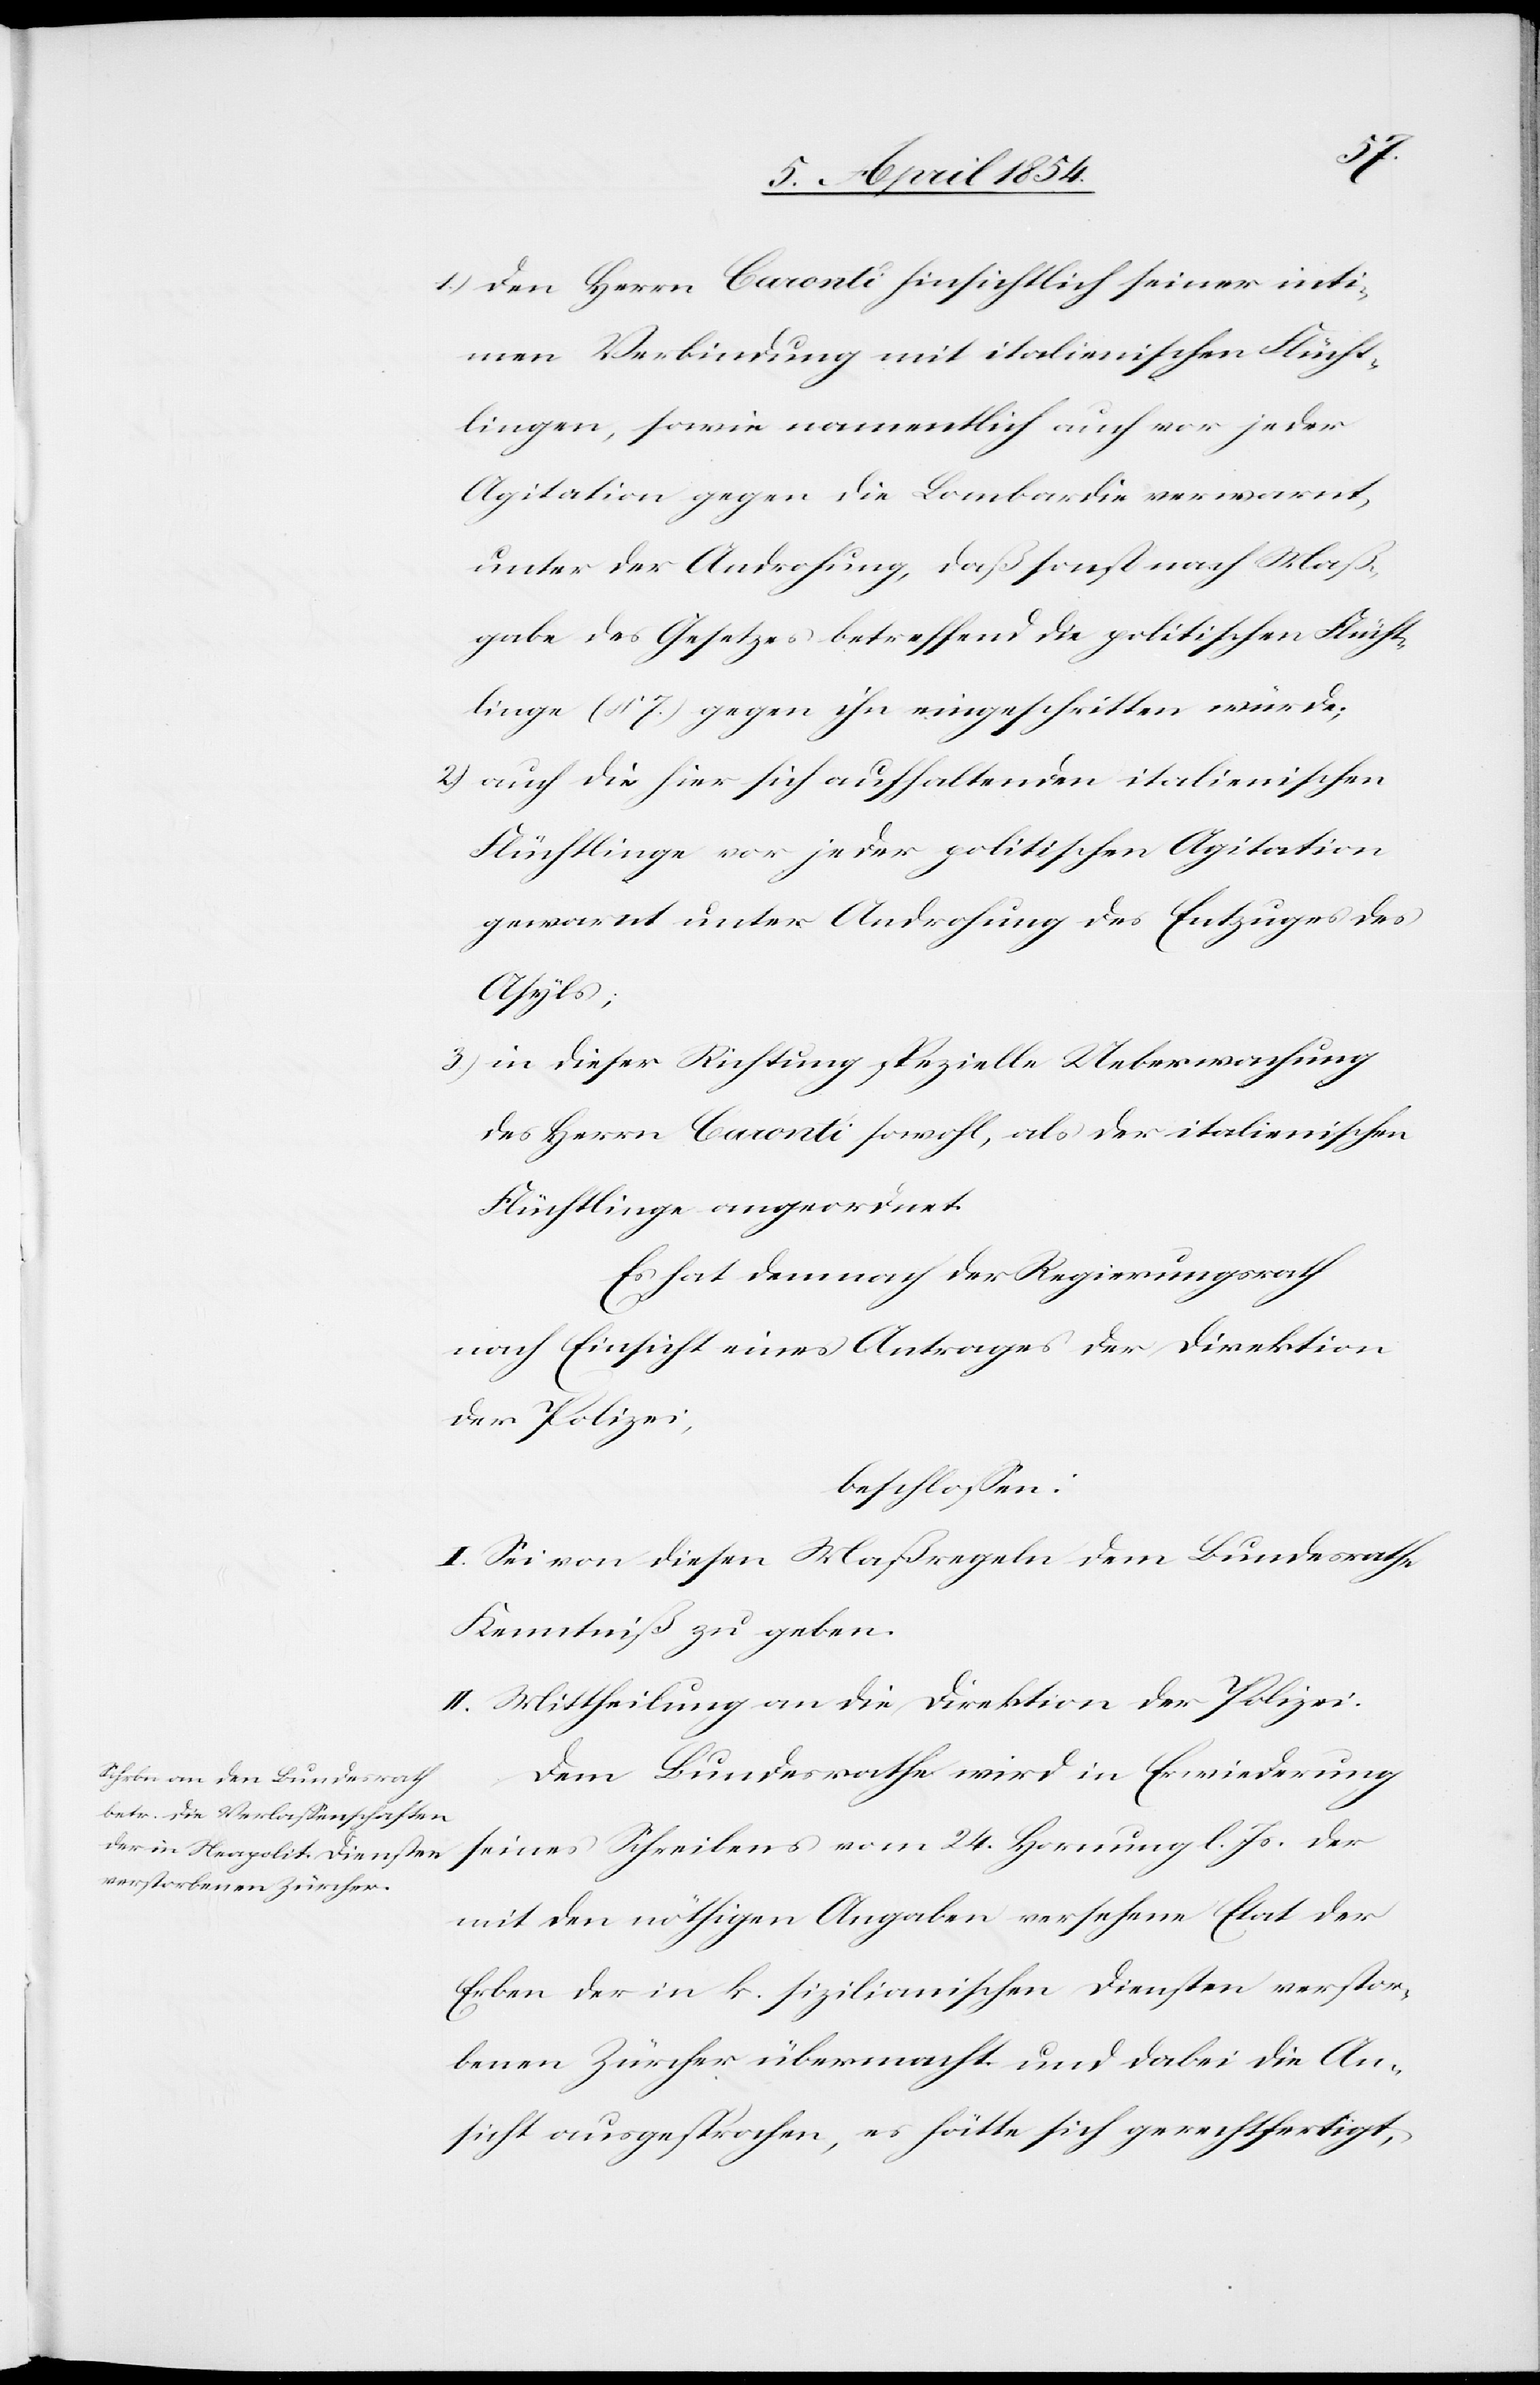
1.) den Herrn Caronti hinsichtlich seiner inti¬
men Verbindung mit italienischen Flücht¬
lingen, sowie namentlich auch vor jeder
Agitation gegen die Lombardie verwarnt,
unter der Androhung, daß sonst nach Maß¬
gabe des Gesetzes betreffend die politischen Flücht¬
linge (§ 7.) gegen ihn eingeschritten würde;
2.) auch die hier sich aufhaltenden italienischen
Flüchtlinge vor jeder politischen Agitation
gewarnt unter Androhung des Entzuges des
Asyls;
3.) in dieser Richtung spezielle Ueberwachung
des Herrn Caronti sowohl, als der italienischen
Flüchtlinge angeordnet.
Es hat demnach der Regierungsrath
nach Einsicht eines Antrages der Direktion
der Polizei,
beschloßen:
I. Sei von diesen Maßregeln dem Bundesrathe
Kenntniß zu geben.
II. Mittheilung an die Direktion der Polizei.
Dem Bundesrathe wird in Erwiederung
seines Schreibens vom 24. Hornung l. Js. der
mit den nöthigen Angaben versehene Etat der
Erben der in k. sizilianischen Diensten verstor¬
benen Zürcher übermacht und dabei die An¬
sicht ausgesprochen, es hätte sich gerechtfertigt,